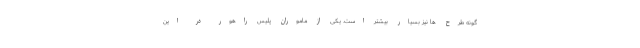
گونه طرح ها نیز بسیار بیشتر است. یکی از ماموران پلیس راهور در این